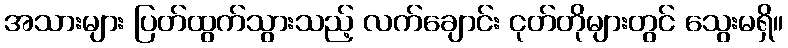
အသားများ ပြတ်ထွက်သွားသည့် လက်ချောင်း ငုတ်တိုများတွင် သွေးမရှိ။